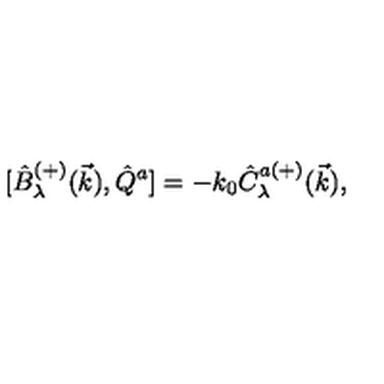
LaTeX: { [ } \hat { B } _ { \lambda } ^ { ( + ) } ( \vec { k } ) , \hat { Q } ^ { a } ] = - k _ { 0 } \hat { C } _ { \lambda } ^ { a ( + ) } ( \vec { k } ) ,